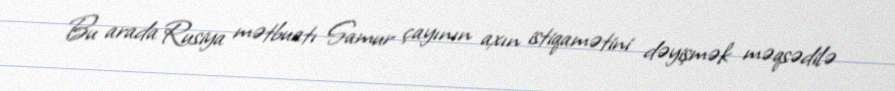
Bu arada Rusiya mətbuatı Samur çayının axın istiqamətini dəyişmək məqsədilə